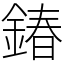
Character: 𨩃